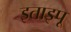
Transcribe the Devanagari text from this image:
इताइपू